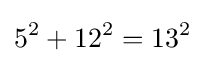
5^{2}+12^{2}=13^{2}